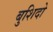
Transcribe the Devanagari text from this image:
बुशिदो